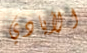
الأيادي